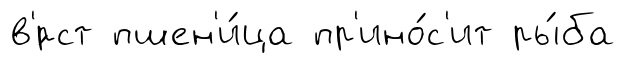
в'́рст пшен'и́ца пр'ино́с'ит ры́ба